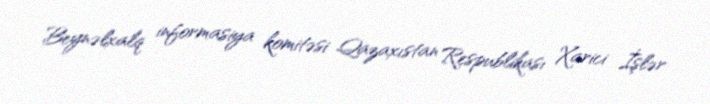
Beynəlxalq informasiya komitəsi Qazaxıstan Respublikası Xarici İşlər